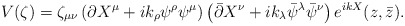
\begin{align*} V(\zeta)= \zeta_{\mu\nu}\left(\partial X^\mu+ik_\rho\psi^\rho\psi^\mu\right)\left(\bar{\partial} X^\nu+ik_\lambda\bar{\psi}^\lambda\bar{\psi}^\nu\right)e^{ikX}(z,\bar{z}).\end{align*}